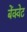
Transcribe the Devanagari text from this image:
बेंक्वेट